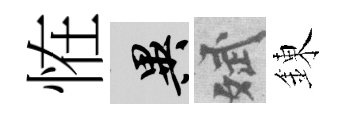
恠异斌錬